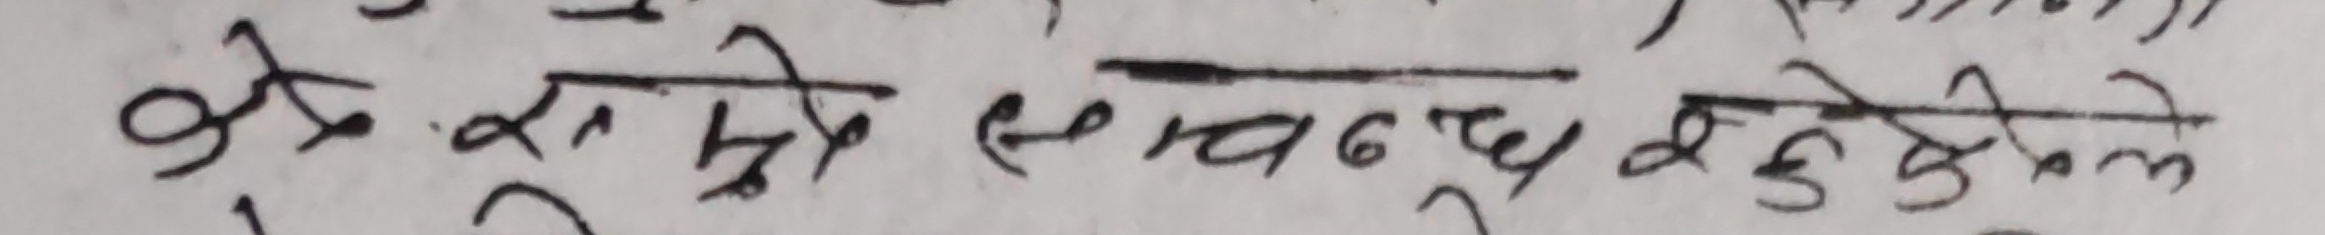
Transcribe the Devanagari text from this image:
कैसोरो सांचार हुँदाहेकोले